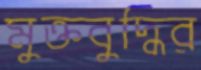
মুক্তবুদ্ধির